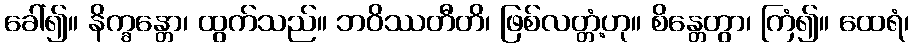
ခေါ်၍။ နိက္ခန္တော၊ ထွက်သည်။ ဘဝိဿတီတိ၊ ဖြစ်လတ္တံ့ဟု။ စိန္တေတွာ၊ ကြံ၍။ ထေရံ၊